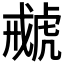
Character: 𧇑